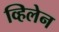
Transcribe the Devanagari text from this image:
व्हिलेन